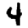
Digit: 4